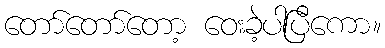
တော်တော်တော့ ဝေးခဲ့ပါပြီကော။